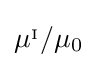
\mu ^{_{\mathrm {I} }}/\mu _{0}